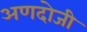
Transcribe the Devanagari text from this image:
अणदोजी